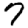
Digit: 7